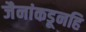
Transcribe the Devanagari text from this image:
जैनांकडूनहि